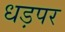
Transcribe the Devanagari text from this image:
धड़पर